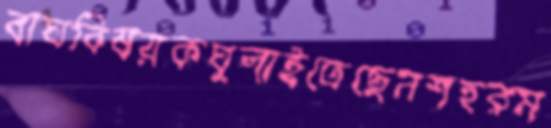
বাঘবিষয়কঘুলাইতেছেনশহরম